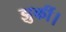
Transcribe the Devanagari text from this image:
झुकीं।